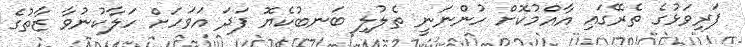
ފަރިވަޅުގެ ތެރޭގައި އާއްމުކޮށް ހުންނަނީ ތެލުލި ބަނބުކެޔޮ ފަދަ އަވަހަށް ހަލާކުނުވާ ޒާތުގެ